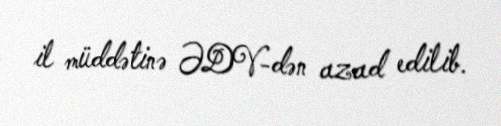
il müddətinə ƏDV-dən azad edilib.